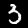
Digit: 3